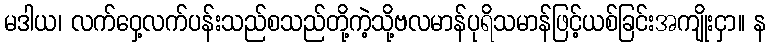
မဒါယ၊ လက်ဝှေ့လက်ပန်းသည်စသည်တို့ကဲ့သို့ဗလမာန်ပုရိသမာန်ဖြင့်ယစ်ခြင်းအကျိုးငှာ။ န